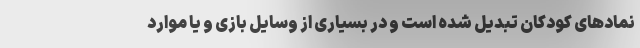
نمادهای کودکان تبدیل شده است و در بسیاری از وسایل بازی و یا موارد